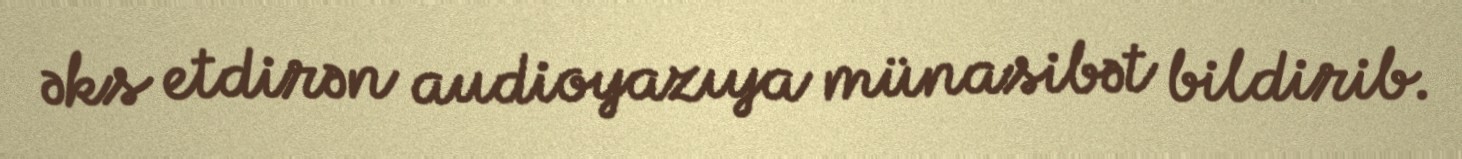
əks etdirən audioyazıya münasibət bildirib.